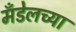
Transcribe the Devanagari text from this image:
मँडेलच्या